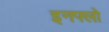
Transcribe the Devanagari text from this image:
इनफ्लो